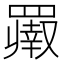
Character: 𬙨